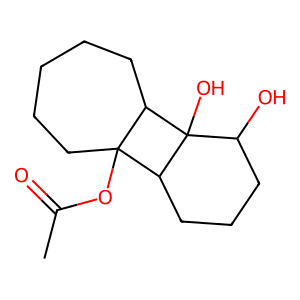
SMILES: CC(=O)OC12CCCCCC1C1(O)C(O)CCCC21
Inhibits HIV replication: No